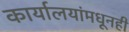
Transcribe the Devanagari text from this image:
कार्यालयांमधूनही